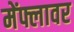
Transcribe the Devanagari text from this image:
मेंफ्लावर